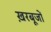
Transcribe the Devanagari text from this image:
ख़रबूजों